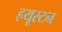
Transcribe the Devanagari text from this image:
हयूस्टन